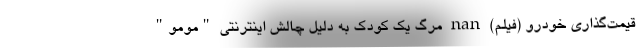
قیمت‌گذاری خودرو (فیلم) nan مرگ یک کودک به دلیل چالش اینترنتی "مومو"